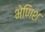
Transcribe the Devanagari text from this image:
भेणिश